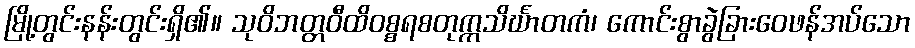
မြို့တွင်းနန်းတွင်းရှိ၏။ သုဝိဘတ္တဝီထိဝစ္စရစတုက္ကသိင်္ဃာတကံ၊ ကောင်းစွာခွဲခြားဝေဖန်အပ်သော